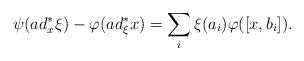
LaTeX: \begin{align*}\psi(ad^\ast_x\xi)-\varphi(ad^\ast_\xi x)=\sum_i \xi(a_i)\varphi([x,b_i]).\end{align*}